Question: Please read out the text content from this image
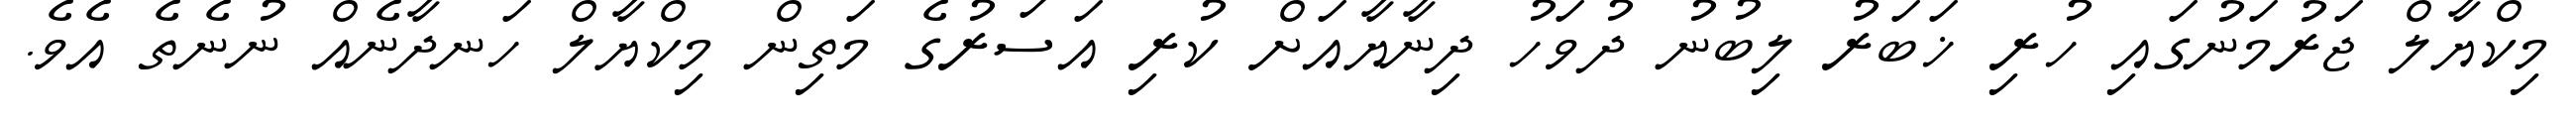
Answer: މިކްޔާލް ޖަރުމަނުގައި ހުރި ޚަބަރު ލިބުނު ދުވަހު ދިނާޔާއަށް ކުރި އަސަރުގެ މަތިން މިކްޔާލް ހަނދާނެއް ނުނެތެ އެވެ.